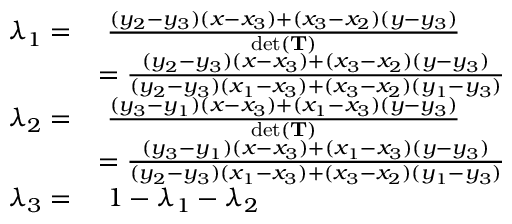
{ \begin{array} { r l } { \lambda _ { 1 } = } & { \ { \frac { ( y _ { 2 } - y _ { 3 } ) ( x - x _ { 3 } ) + ( x _ { 3 } - x _ { 2 } ) ( y - y _ { 3 } ) } { \operatorname* { d e t } ( \mathbf { T } ) } } } \\ & { = { \frac { ( y _ { 2 } - y _ { 3 } ) ( x - x _ { 3 } ) + ( x _ { 3 } - x _ { 2 } ) ( y - y _ { 3 } ) } { ( y _ { 2 } - y _ { 3 } ) ( x _ { 1 } - x _ { 3 } ) + ( x _ { 3 } - x _ { 2 } ) ( y _ { 1 } - y _ { 3 } ) } } } \\ { \lambda _ { 2 } = } & { \ { \frac { ( y _ { 3 } - y _ { 1 } ) ( x - x _ { 3 } ) + ( x _ { 1 } - x _ { 3 } ) ( y - y _ { 3 } ) } { \operatorname* { d e t } ( \mathbf { T } ) } } } \\ & { = { \frac { ( y _ { 3 } - y _ { 1 } ) ( x - x _ { 3 } ) + ( x _ { 1 } - x _ { 3 } ) ( y - y _ { 3 } ) } { ( y _ { 2 } - y _ { 3 } ) ( x _ { 1 } - x _ { 3 } ) + ( x _ { 3 } - x _ { 2 } ) ( y _ { 1 } - y _ { 3 } ) } } } \\ { \lambda _ { 3 } = } & { \ 1 - \lambda _ { 1 } - \lambda _ { 2 } } \end{array} }